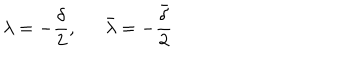
LaTeX: \lambda = - \frac { \delta } { 2 } , \bar { \lambda } = - \frac { \bar { \delta } } { 2 }